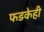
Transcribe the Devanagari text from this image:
फडकेही